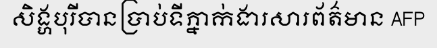
សិង្ហបុរីបានប្រាប់ទីភ្នាក់ងារសារព័ត៌មាន AFP